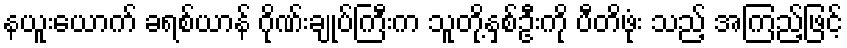
နယူးယောက် ခရစ်ယာန် ဂိုဏ်းချုပ်ကြီးက သူတို့နှစ်ဦးကို ပီတိဖုံး သည့် အကြည့်ဖြင့်